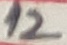
Text: 12